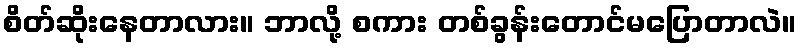
စိတ်ဆိုးနေတာလား။ ဘာလို့ စကား တစ်ခွန်းတောင်မပြောတာလဲ။